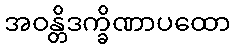
အဝန္တိဒက္ခိဏာပထော